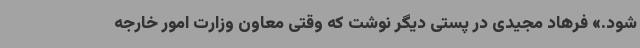
شود.» فرهاد مجیدی در پستی دیگر نوشت که وقتی معاون وزارت امور خارجه